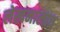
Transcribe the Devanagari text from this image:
लेखनालाच